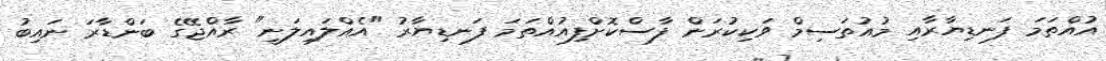
އުއްތަމަ ފަނޑިޔާރާއި މުއުތަސިމް ވަކިކުރަން ފާސްކޮށްފިއުއްތަމަ ފަނޑިޔާރު "އެއްލައިލަނީ" ރާއްޖޭގެ ބަންޑާރަ ނައިބު